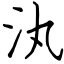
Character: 汍